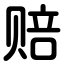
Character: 赔